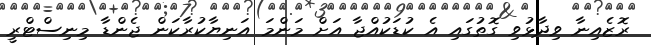
ރޮޒެއިނާ ވިދާޅުވި ގޮތުގައި އެ ކުޑަކުއްޖާ އަށް މަންމަ އަނިޔާކުރާކަން ޖެންޑާ މިނިސްޓްރީ